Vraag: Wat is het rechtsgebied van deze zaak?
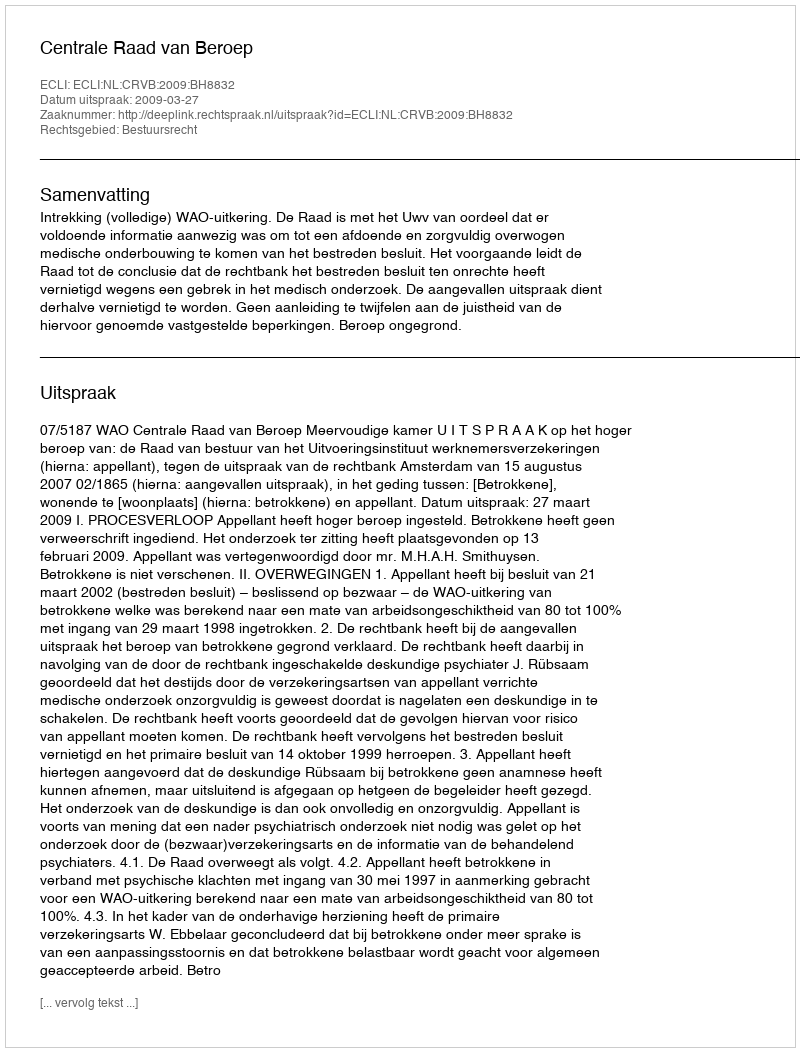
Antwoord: Bestuursrecht